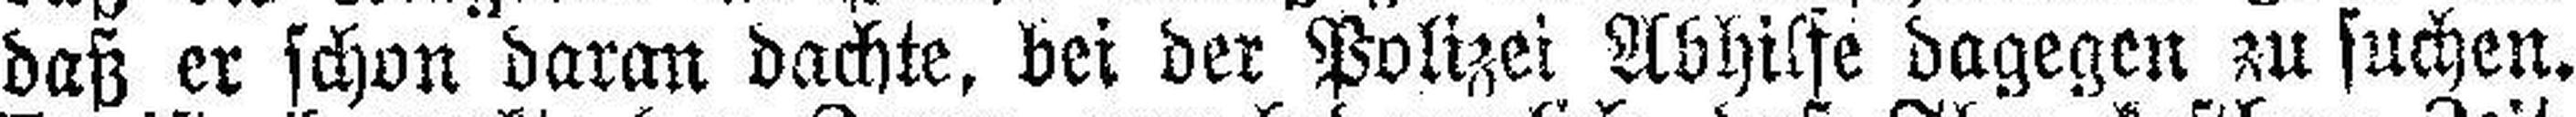
daß er schon daran dachte, bei der Polizei Abhilfe dagegen zu suchen.